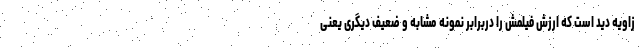
زاویه دید است که ارزش فیلمش را دربرابر نمونه مشابه و ضعیف دیگری یعنی